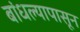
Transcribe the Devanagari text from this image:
बांधल्यापासून